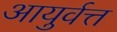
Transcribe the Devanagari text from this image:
आयुर्वत्त